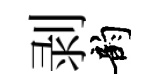
剥韵